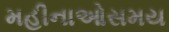
મહીનાઓસમય